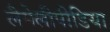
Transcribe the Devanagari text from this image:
लैमेलीपीडिया